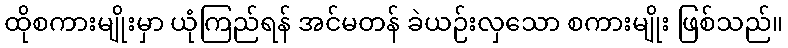
ထိုစကားမျိုးမှာ ယုံကြည်ရန် အင်မတန် ခဲယဉ်းလှသော စကားမျိုး ဖြစ်သည်။